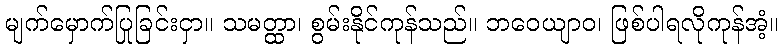
မျက်မှောက်ပြုခြင်းငှာ။ သမတ္ထာ၊ စွမ်းနိုင်ကုန်သည်။ ဘဝေယျာဝ၊ ဖြစ်ပါရလိုကုန်အံ့။